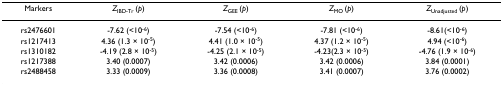
<table><thead><tr><td><b>Markers</b></td><td><b><i>Z</i><sub>IBD-Tr </sub>(<i>p</i>)</b></td><td><b><i>Z</i><sub>GEE </sub>(<i>p</i>)</b></td><td><b><i>Z</i><sub>MO </sub>(<i>p</i>)</b></td><td><b><i>Z</i><sub>Unadjusted </sub>(<i>p</i>)</b></td></tr></thead><tbody><tr><td>rs2476601</td><td>-7.62 (&lt;10<sup>-6</sup>)</td><td>-7.54 (&lt;10<sup>-6</sup>)</td><td>-7.81 (&lt;10<sup>-6</sup>)</td><td>-8.61(&lt;10<sup>-6</sup>)</td></tr><tr><td>rs1217413</td><td>4.36 (1.3 × 10<sup>-5</sup>)</td><td>4.41 (1.0 × 10<sup>-5</sup>)</td><td>4.37 (1.2 × 10<sup>-5</sup>)</td><td>4.94 (&lt;10<sup>-6</sup>)</td></tr><tr><td>rs1310182</td><td>-4.19 (2.8 × 10<sup>-5</sup>)</td><td>-4.25 (2.1 × 10<sup>-5</sup>)</td><td>-4.23(2.3 × 10<sup>-5</sup>)</td><td>-4.76 (1.9 × 10<sup>-6</sup>)</td></tr><tr><td>rs1217388</td><td>3.40 (0.0007)</td><td>3.42 (0.0006)</td><td>3.42 (0.0006)</td><td>3.84 (0.0001)</td></tr><tr><td>rs2488458</td><td>3.33 (0.0009)</td><td>3.36 (0.0008)</td><td>3.41 (0.0007)</td><td>3.76 (0.0002)</td></tr></tbody></table>